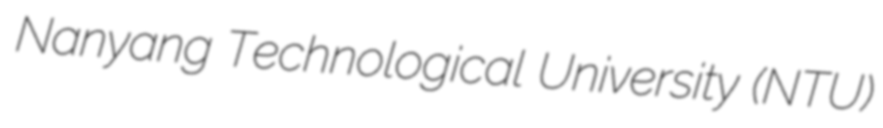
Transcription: Nanyang Technological University (NTU)